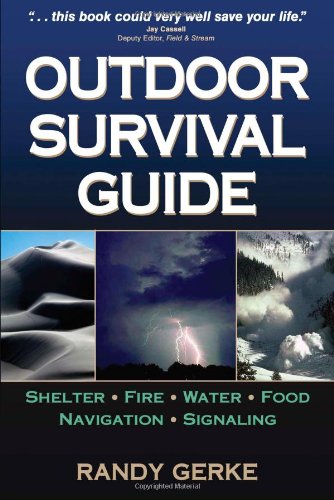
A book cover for Outdoor Survival Guide; Randy Gerke; Sports & Outdoors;